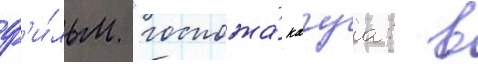
ф'и́льм "госпожа́ кагуа: в